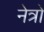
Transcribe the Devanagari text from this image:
नेत्रो